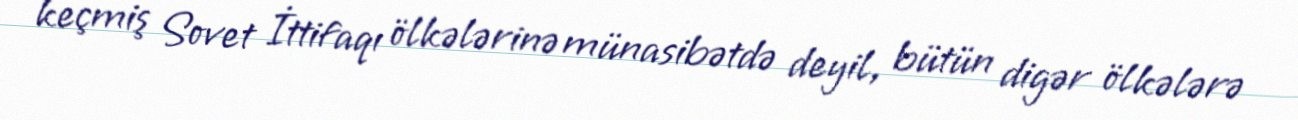
keçmiş Sovet İttifaqı ölkələrinə münasibətdə deyil, bütün digər ölkələrə